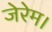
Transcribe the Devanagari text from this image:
जेरेम।